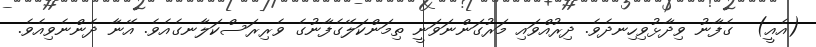
(އެއީ)  ގެފާނު ވިދާޅުވިހިނދެވެ. ދިރުއްވައި މަރުގަންނަވަނީ ތިމަންކަލޭގެފާނުގެ ވެރިރަސްކަލާނގެއެވެ. އޭނާ ދެންނެވިއެވެ.